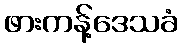
ဖားကန့်ဒေသခံ